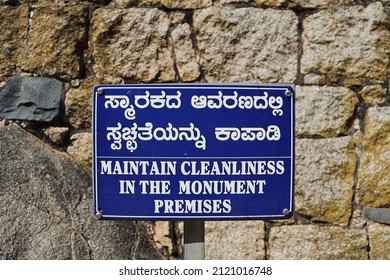
Language: kannada
Transcription: ಸ್ಮಾ ರಕದ ಆವರಣದಲ್ಲಿ ಕಾಪಾಡಿ ಸ್ವಚ್ಛತೆಯನ್ನು